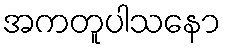
အကတူပါသနော